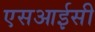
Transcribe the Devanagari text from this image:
एसआईसी